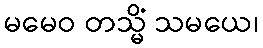
မမေဝ တသ္မိံ သမယေ၊